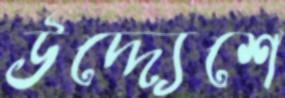
উদ্দ্যেশে